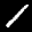
Label: 1